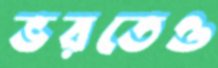
ভরতেও